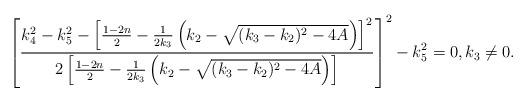
LaTeX: \begin{align*}\left[\frac{k_4^2-k_5^2-\left[\frac{1-2n}{2}-\frac{1}{2k_3}\left(k_2-\sqrt{(k_3-k_2)^2-4A}\right)\right]^2}{2\left[\frac{1-2n}{2}-\frac{1}{2k_3}\left(k_2-\sqrt{(k_3-k_2)^2-4A}\right)\right]}\right]^2-k_5^2=0, k_{3} \neq 0.\end{align*}